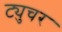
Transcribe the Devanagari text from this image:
ट्युचर